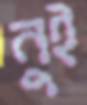
নুই